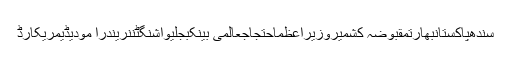
سندھپاکستانبھارتمقبوضہ کشمیروزیراعظماحتجاجعالمی بینکبجلیواشنگٹننریندرا مودیڈیمریکارڈ